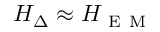
H _ { \Delta } \approx H _ { \mathrm { ~ E ~ M ~ } }